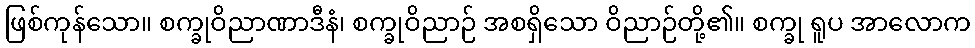
ဖြစ်ကုန်သော။ စက္ခုဝိညာဏာဒီနံ၊ စက္ခုဝိညာဉ် အစရှိသော ဝိညာဉ်တို့၏။ စက္ခု ရူပ အာလောက